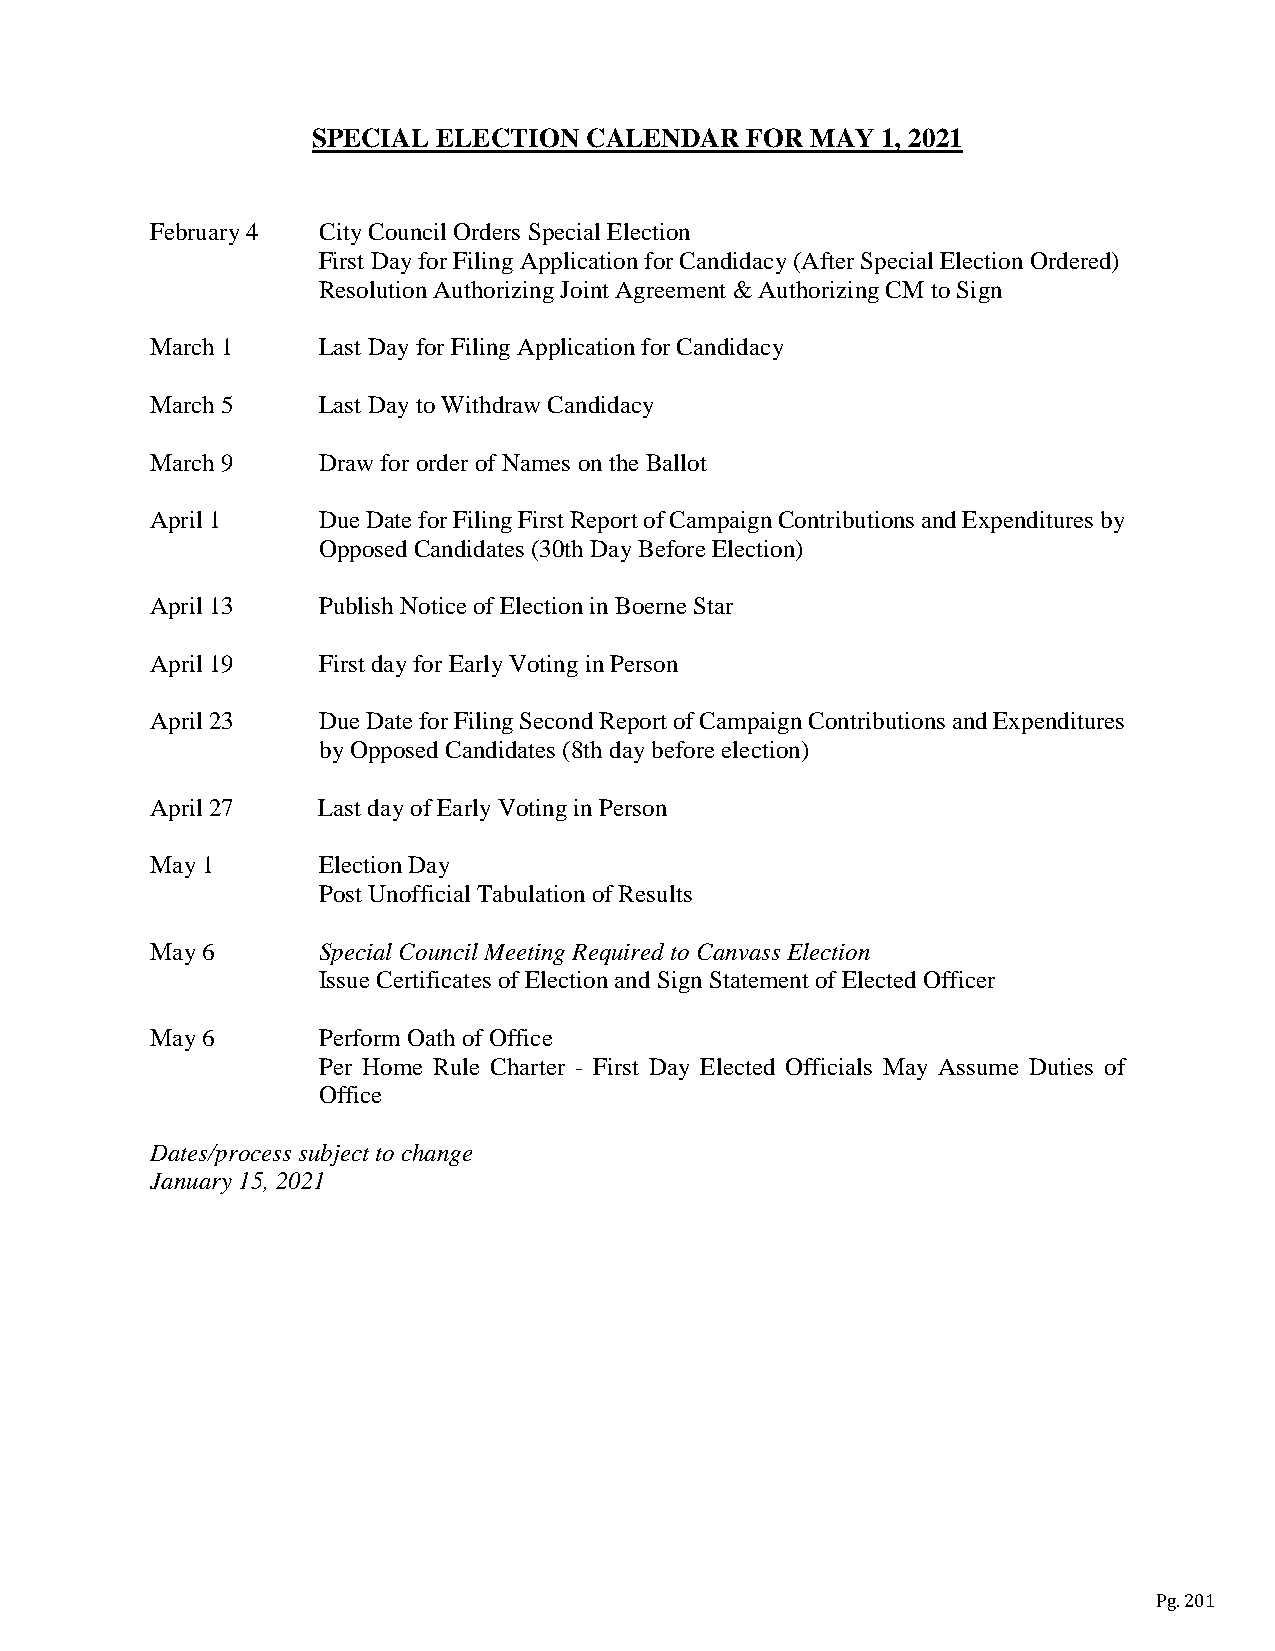
SPECIAL ELECTION  CALENDAR  FOR  MAY 1, 2021
 February 4 City Council Orders Special Election
 First Day for Filing Application for Candidacy (After Special Election Ordered)
 Resolution Authorizing Joint Agreement & Authorizing CM to Sign
 March 1    Last Day for Filing Application for Candidacy
 March 5    Last Day to Withdraw Candidacy
 March 9    Draw for order of Names on the Ballot
 April 1    Due Date for Filing First Report of Campaign Contributions and Expenditures by
 Opposed Candidates (30th Day Before Election)
 April 13   Publish Notice of Election in Boerne Star
 April 19   First day for Early Voting in Person
 April 23   Due Date for Filing Second Report of Campaign Contributions and Expenditures
 by Opposed Candidates (8th day before election)
 April 27   Last day of Early Voting in Person
 May 1      Election Day
 Post Unofficial Tabulation of Results
 May 6      Special Council Meeting Required to Canvass Election
 Issue Certificates of Election and Sign Statement of Elected Officer
 May 6      Perform Oath of Office
 Per Home Rule Charter - First Day Elected Officials May Assume Duties of
 Office
 Dates/process subject to change
 January 15, 2021
 Pg. 201